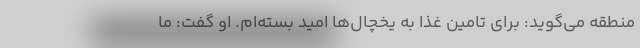
منطقه می‌گوید: برای تامین غذا به یخچال‌ها امید بسته‌ام. او گفت: ما